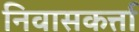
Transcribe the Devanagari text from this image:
निवासकर्त्ता